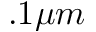
. 1 \mu m